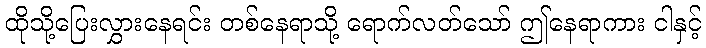
ထိုသို့ပြေးလွှားနေရင်း တစ်နေရာသို့ ရောက်လတ်သော် ဤနေရာကား ငါနှင့်